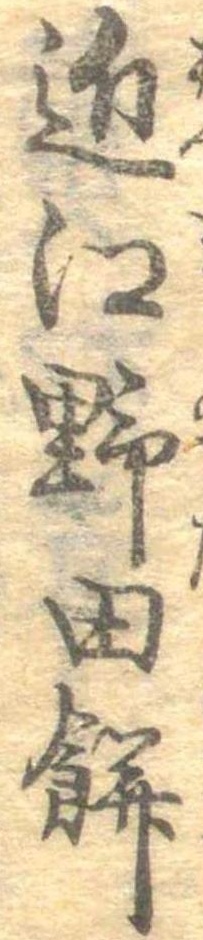
近江野田餅